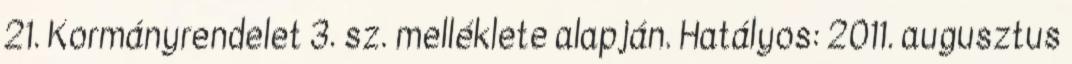
21. Kormányrendelet 3. sz. melléklete alapján. Hatályos: 2011. augusztus